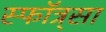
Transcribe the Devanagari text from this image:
स्फॉत्र्सा